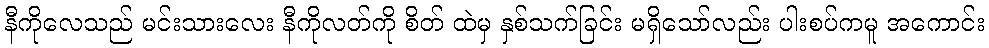
နီကိုလေသည် မင်းသားလေး နီကိုလတ်ကို စိတ် ထဲမှ နှစ်သက်ခြင်း မရှိသော်လည်း ပါးစပ်ကမူ အကောင်း